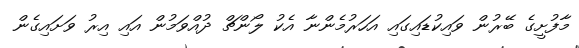
މާފުށީގެ ބޭރުން ވައިކުޑައިގައި އަހަރުމެންނާ އެކު ލޯންޗް ދުއްވަމުން އައި އިރު ވަށައިގެން